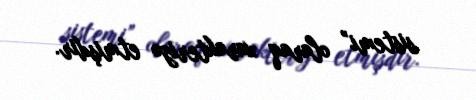
sistemi” olaraq xarakterizə etmişdir.